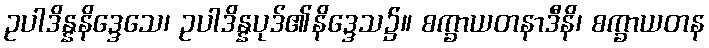
ဥပါဒိန္နနိဒ္ဒေသေ၊ ဥပါဒိန္နပုဒ်၏နိဒ္ဒေသ၌။ စက္ခာယတနာဒီနိ၊ စက္ခာယတန